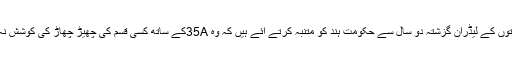
ان جماعتوں کے لیڈران گزشتہ دو سال سے حکومت ہند کو متنبہ کرتے آئے ہیں کہ وہ 35Aکے ساتھ کسی قسم کی چھیڑ چھاڑ کی کوشش نہ کرے ۔